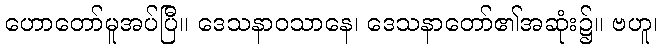
ဟောတော်မူအပ်ပြီ။ ဒေသနာဝသာနေ၊ ဒေသနာတော်၏အဆုံး၌။ ဗဟူ၊